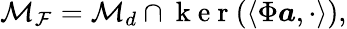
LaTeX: \mathcal{M}_{\mathcal{F}}=\mathcal{M}_{d}\cap\mathrm{~k~e~r~}(\left<\Phi\boldsymbol{a},\cdot\right>),